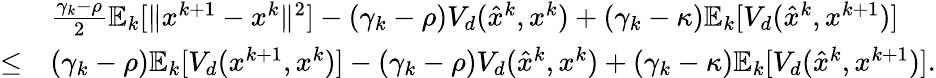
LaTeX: \begin{array}{rl}&{\frac{\gamma_{k}-\rho}{2}\mathbb{E}_{k}[\| x^{k+1}-x^{k}\| ^{2}]-(\gamma_{k}-\rho)V_{d}(\hat{x}^{k},x^{k})+(\gamma_{k}-\kappa)\mathbb{E}_{k}[V_{d}(\hat{x}^{k},x^{k+1})]}\\ {\leq}&{(\gamma_{k}-\rho)\mathbb{E}_{k}[V_{d}(x^{k+1},x^{k})]-(\gamma_{k}-\rho)V_{d}(\hat{x}^{k},x^{k})+(\gamma_{k}-\kappa)\mathbb{E}_{k}[V_{d}(\hat{x}^{k},x^{k+1})].}\end{array}